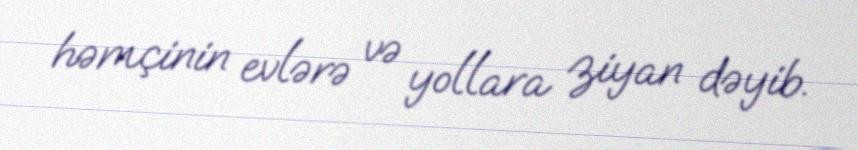
həmçinin evlərə və yollara ziyan dəyib.